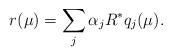
LaTeX: \begin{align*} r(\mu) = \sum_j \alpha_j R^* q_j(\mu) .\end{align*}